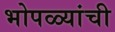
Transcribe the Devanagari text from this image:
भोपळ्यांची